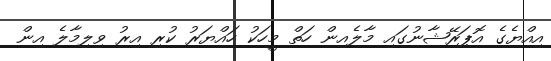
އިއްޔެގެ އޮޕަރޭޝާނުގައި މާލެއިން ހަތް މީހަކު ހައްޔަރު ކުރި އިރު ވިލިމާލެ އިން